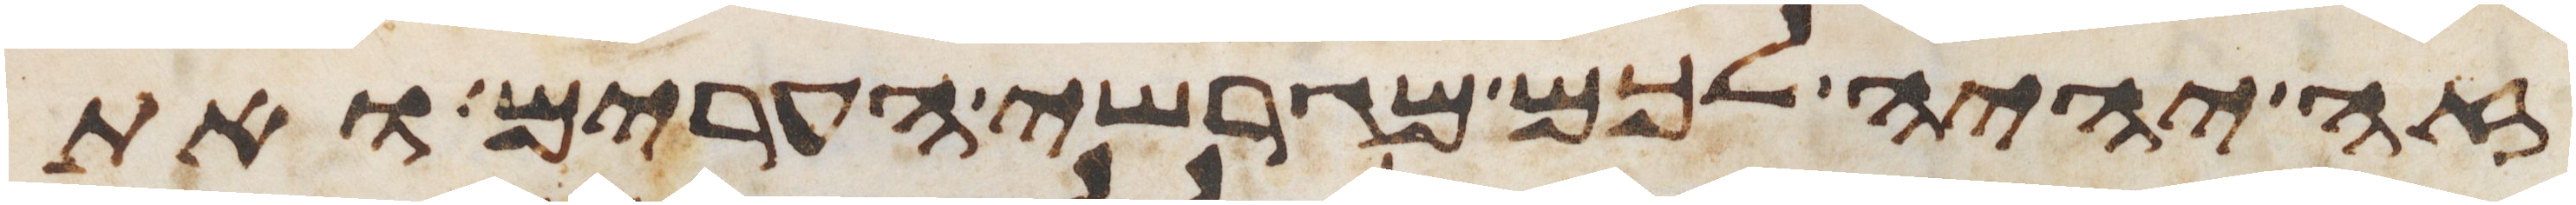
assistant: זה יהיה לכם מגרשי הערים ואת